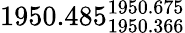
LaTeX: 1950.485_{1950.366}^{1950.675}